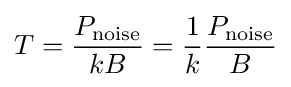
T={\frac {P_{\text{noise}}}{kB}}={\frac {1}{k}}{\frac {P_{\text{noise}}}{B}}